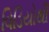
વિડિયોથી